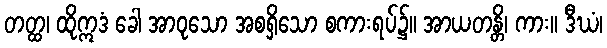
တတ္ထ၊ ထိုဣဒံ ခေါ အာဝုသော အစရှိသော စကားရပ်၌။ အာယတန္တိ၊ ကား။ ဒီဃံ၊